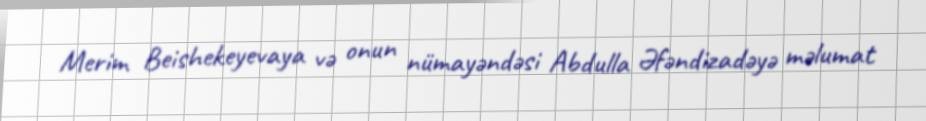
Merim Beishekeyevaya və onun nümayəndəsi Abdulla Əfəndizadəyə məlumat